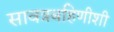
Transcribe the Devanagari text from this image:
सावत्रबहिणीशी